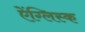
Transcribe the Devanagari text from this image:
ऐंग्लिस्क